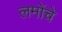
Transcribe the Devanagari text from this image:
लमोंचे